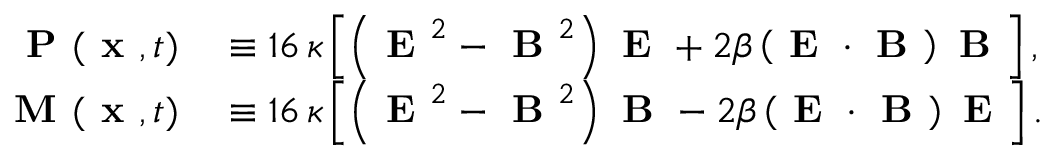
\begin{array} { r l } { \textbf { P } ( \textbf { x } , t ) } & { { } \equiv 1 6 \, \kappa \left[ \left( \textbf { E } ^ { 2 } - \textbf { B } ^ { 2 } \right) \textbf { E } + 2 \beta \left( \textbf { E } \cdot \textbf { B } \right) \textbf { B } \right] , } \\ { \textbf { M } ( \textbf { x } , t ) } & { { } \equiv 1 6 \, \kappa \left[ \left( \textbf { E } ^ { 2 } - \textbf { B } ^ { 2 } \right) \textbf { B } - 2 \beta \left( \textbf { E } \cdot \textbf { B } \right) \textbf { E } \right] . } \end{array}